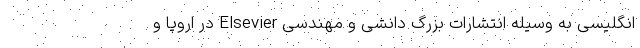
انگلیسی به وسیله انتشارات بزرگ دانشی و مهندسی Elsevier در اروپا و